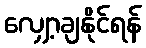
လျှော့ချနိုင်ရန်